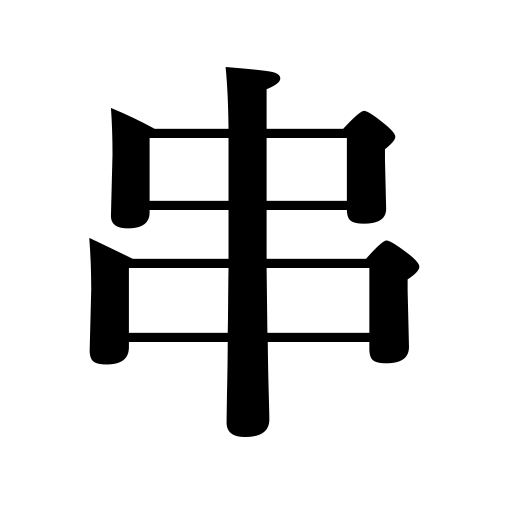
Meanings: sekwer,spit